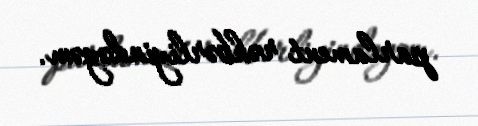
parlament rəhbərliyindəyəm.